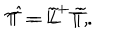
{ \cal T } = \tilde { L } ^ { + } \tilde { T } , \hspace { 1 c m } \hat { \cal T } = \tilde { L } ^ { - } \tilde { T } .